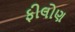
ફીલોણ